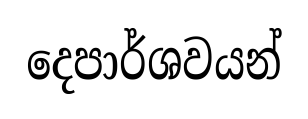
දෙපාර්ශවයන්